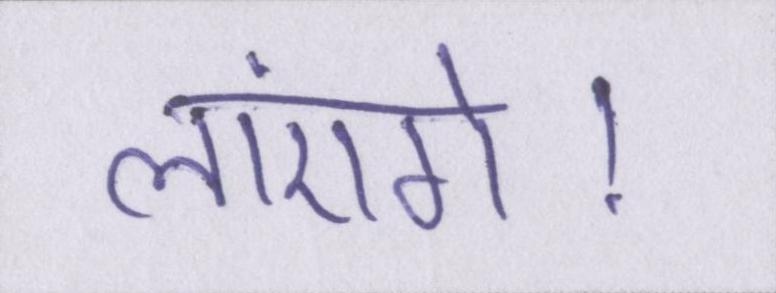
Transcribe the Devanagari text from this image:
लाएंगे।